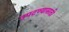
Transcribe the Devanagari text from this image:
उपटण्यासाठी